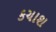
કચાશ